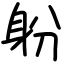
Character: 躮